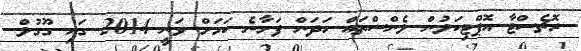
ރޮޗެސްޓާ އޮޕްޓިކަލުން ލެންސްތައް ހަދަން ފަށާނެ ކަމަށް ވަނީ 2014 ގައި ގޫގުލް